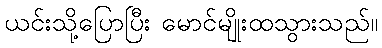
ယင်းသို့ပြောပြီး မောင်မျိုးထသွားသည်။